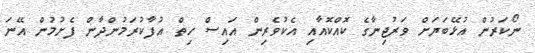
ނޯކަރުން އުޅޭބަޔަށް ވަރުޖިނާގެ ކޮއްކޮއާއި އެކުވެރިން އައިސް ހިތް އުފާކުރަމުންދާން ފެށުމުން އޭނަ